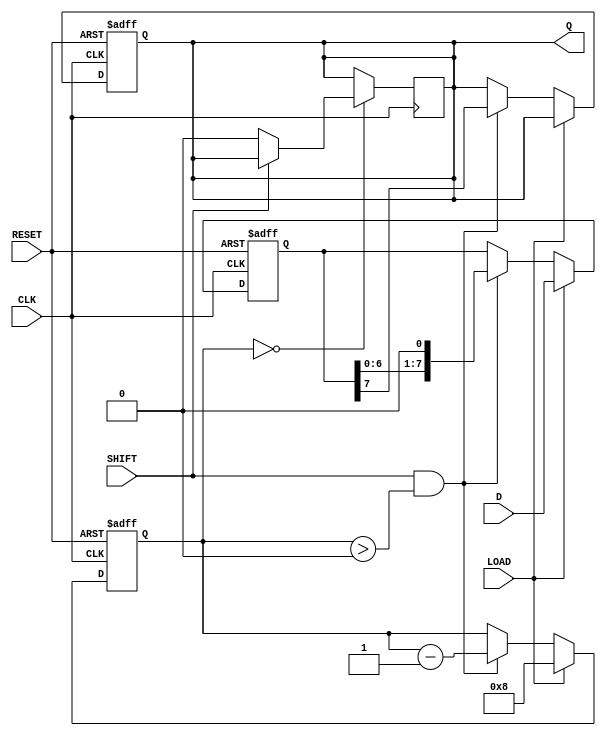
module PISO_Register #(
    parameter WIDTH = 8 // Configurable width of the register
)(
    input wire [WIDTH-1:0] D,       // Parallel Data Input
    input wire LOAD,                 // Load Control Signal
    input wire CLK,                  // Clock Signal
    input wire SHIFT,                // Shift Control Signal
    input wire RESET,                // Reset Control Signal (optional)
    output reg Q                    // Serial Output
);

    reg [WIDTH-1:0] shift_reg;       // Internal Shift Register
    reg [3:0] shift_count;            // Counter to track number of bits shifted out

    // Asynchronous reset and loading of data
    always @(posedge CLK or posedge RESET) begin
        if (RESET) begin
            shift_reg <= 0;           // Clear the register on reset
            Q <= 0;                   // Clear the output on reset
            shift_count <= 0;         // Reset shift count
        end else if (LOAD) begin
            shift_reg <= D;           // Load parallel data into the shift register
            shift_count <= WIDTH;     // Initialize shift count
        end else if (SHIFT && shift_count > 0) begin
            Q <= shift_reg[WIDTH-1];  // Output the MSB (most significant bit)
            shift_reg <= {shift_reg[WIDTH-2:0], 1'b0}; // Shift left and fill with 0
            shift_count <= shift_count - 1; // Decrement the shift count
        end
    end

    // Optional: If you want to maintain the last output after shifting is done
    always @(posedge CLK) begin
        if (shift_count == 0) begin
            Q <= (SHIFT) ? Q : 1'b0; // Output last shifted value or 0 if SHIFT is not asserted
        end
    end

endmodule